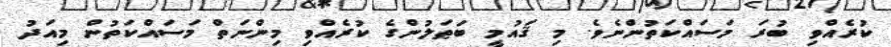
ކުރެއްވި ބުރަ މަސައްކަތުންނެވެ. މި ޤައުމީ ބަޠަލުންގެ ކުރެއްވި މިންނަތް މަސައްކަތުން މިއަދު